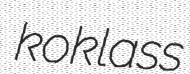
koklass